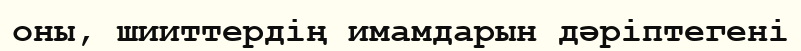
оны, шииттердің имамдарын дәріптегені